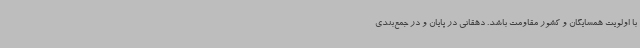
با اولویت همسایگان و کشور مقاومت باشد. دهقانی در پایان و در جمع‌بندی